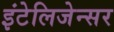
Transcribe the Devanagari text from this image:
इंटेलिजेन्सर